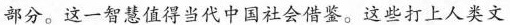
部分。这一智慧值得当代中国社会借鉴。这些打上人类文